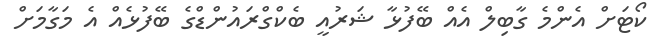
ކޯޓަށް އެންމެ ގާބިލް އެއް ބޭފުޅާ ޝަރުއީ ބެކްގްރައުންޑްގެ ބޭފުޅެއް އެ މަގާމަށް